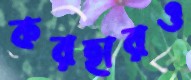
করহারও